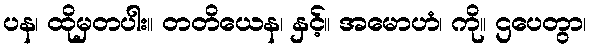
ပန၊ ထိုမှတပါး။ တတိယေန၊ နှင့်။ အမောဟံ၊ ကို။ ဌပေတွာ၊